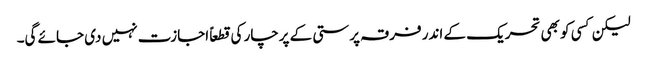
لیکن کسی کو بھی تحریک کے اندر فرقہ پرستی کے پرچار کی قطعاً اجازت نہیں دی جائے گی۔